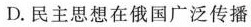
D. 民主思想在俄国广泛传播